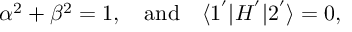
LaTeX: \alpha ^ { 2 } + \beta ^ { 2 } = 1 , ~ ~ ~ \mathrm { a n d } ~ ~ ~ \langle 1 ^ { ' } | H ^ { ' } | 2 ^ { ' } \rangle = 0 ,